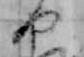
や